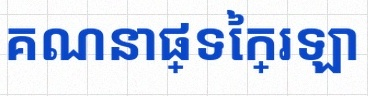
គណនាផ្ទៃក្រឡា